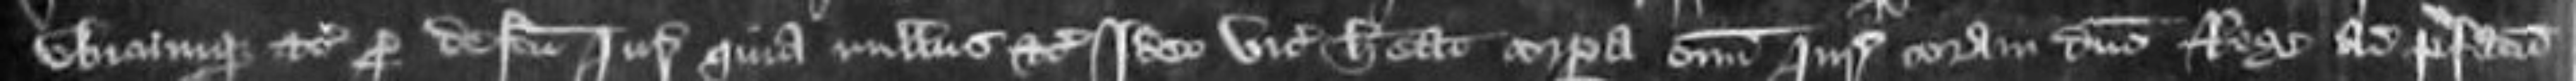
ubicumque etc per defectu juratorum quia nullus etc Ideo vicecomes habeat corpora omnium juratorum coram domino Rege ad prefatum